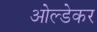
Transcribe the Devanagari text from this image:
ओल्डेकर